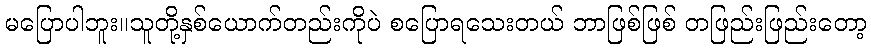
မပြောပါဘူး။သူတို့နှစ်ယောက်တည်းကိုပဲ စပြောရသေးတယ် ဘာဖြစ်ဖြစ် တဖြည်းဖြည်းတော့